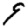
Digit: 9